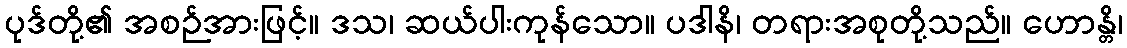
ပုဒ်တို့၏ အစဉ်အားဖြင့်။ ဒသ၊ ဆယ်ပါးကုန်သော။ ပဒါနိ၊ တရားအစုတို့သည်။ ဟောန္တိ၊